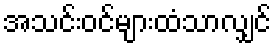
အသင်းဝင်များထံသာလျှင်